Lunatic asylums Central Provinces reports 1910-1926 - 1910-1926
Year: 1910
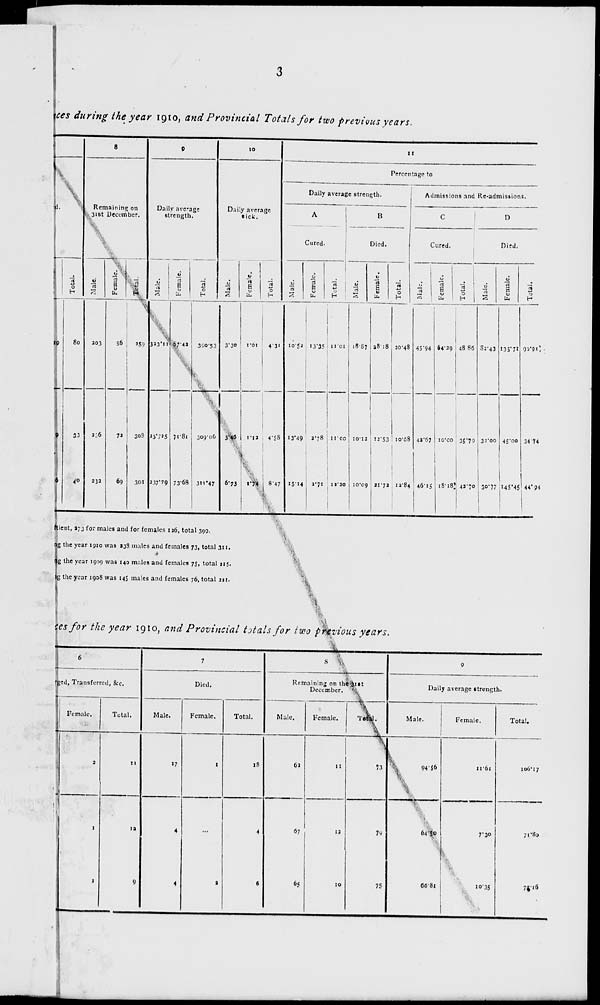
3
ces during the year 1910, and Provincial Totals for two previous years.
Female.
19
9
5
Total.
80
33
40
8
Remaining on
31st December.
Male.
203
236
232
Female.
56
72
59
Total.
259
308
301
9
Daily average
strength.
Male.
323.11
23.725
237.79
Female.
67.42
71.81
73.68
Total.
390.53
309.06
311.47
10
Daily average
sick.
Male.
3.30
3.46
6.73
Female.
1.01
1.12
1.74
Total.
4.31
4.58
8.47
11
Percentage to
Daily average strength.
A
Cured.
Male.
10.52
13.49
15.14
Female.
13.35
2.78
2.71
Total.
11.01
11.00
12.20
B
Died.
Male.
18.87
10.12
10.09
Female.
28.18
12.53
21.72
Total.
20.48
10.68
12.84
Admissions and Re-admissions.
C
Cured.
Male.
45.94
42.67
46.15
Female.
64.29
10.00
18.18
Total.
48. 86
35.79
42.70
D
Died.
Male.
82.43
32.00
30.77
Female.
135.71
45.00
145.45
Total.
90.91
34.74
44.94
tient, 273 for males and for females 126, total 399.
g the year 1910 was 238 males and females 73, total 311.
g the year 1909 was 140 males and females 75, total 215.
g the year 1908 was 145 males and females 76, total 221.
es for the year 1910, and Provincial totals for two previous years.
6
ged, Transferred, &c.
Female.
2
1
1
Total.
11
12
9
7
Died.
Male.
17
4
4
Female.
1
...
2
Total.
18
4
6
8
Remaining on the 31st
December.
Male.
62
67
65
Female.
11
12
10
Total.
73
79
75
9
Daily average strength.
Male.
94.56
64.50
66.81
Female.
11.61
7.30
10.35
Total.
106.17
71.80
78.16